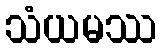
သံယမဿ